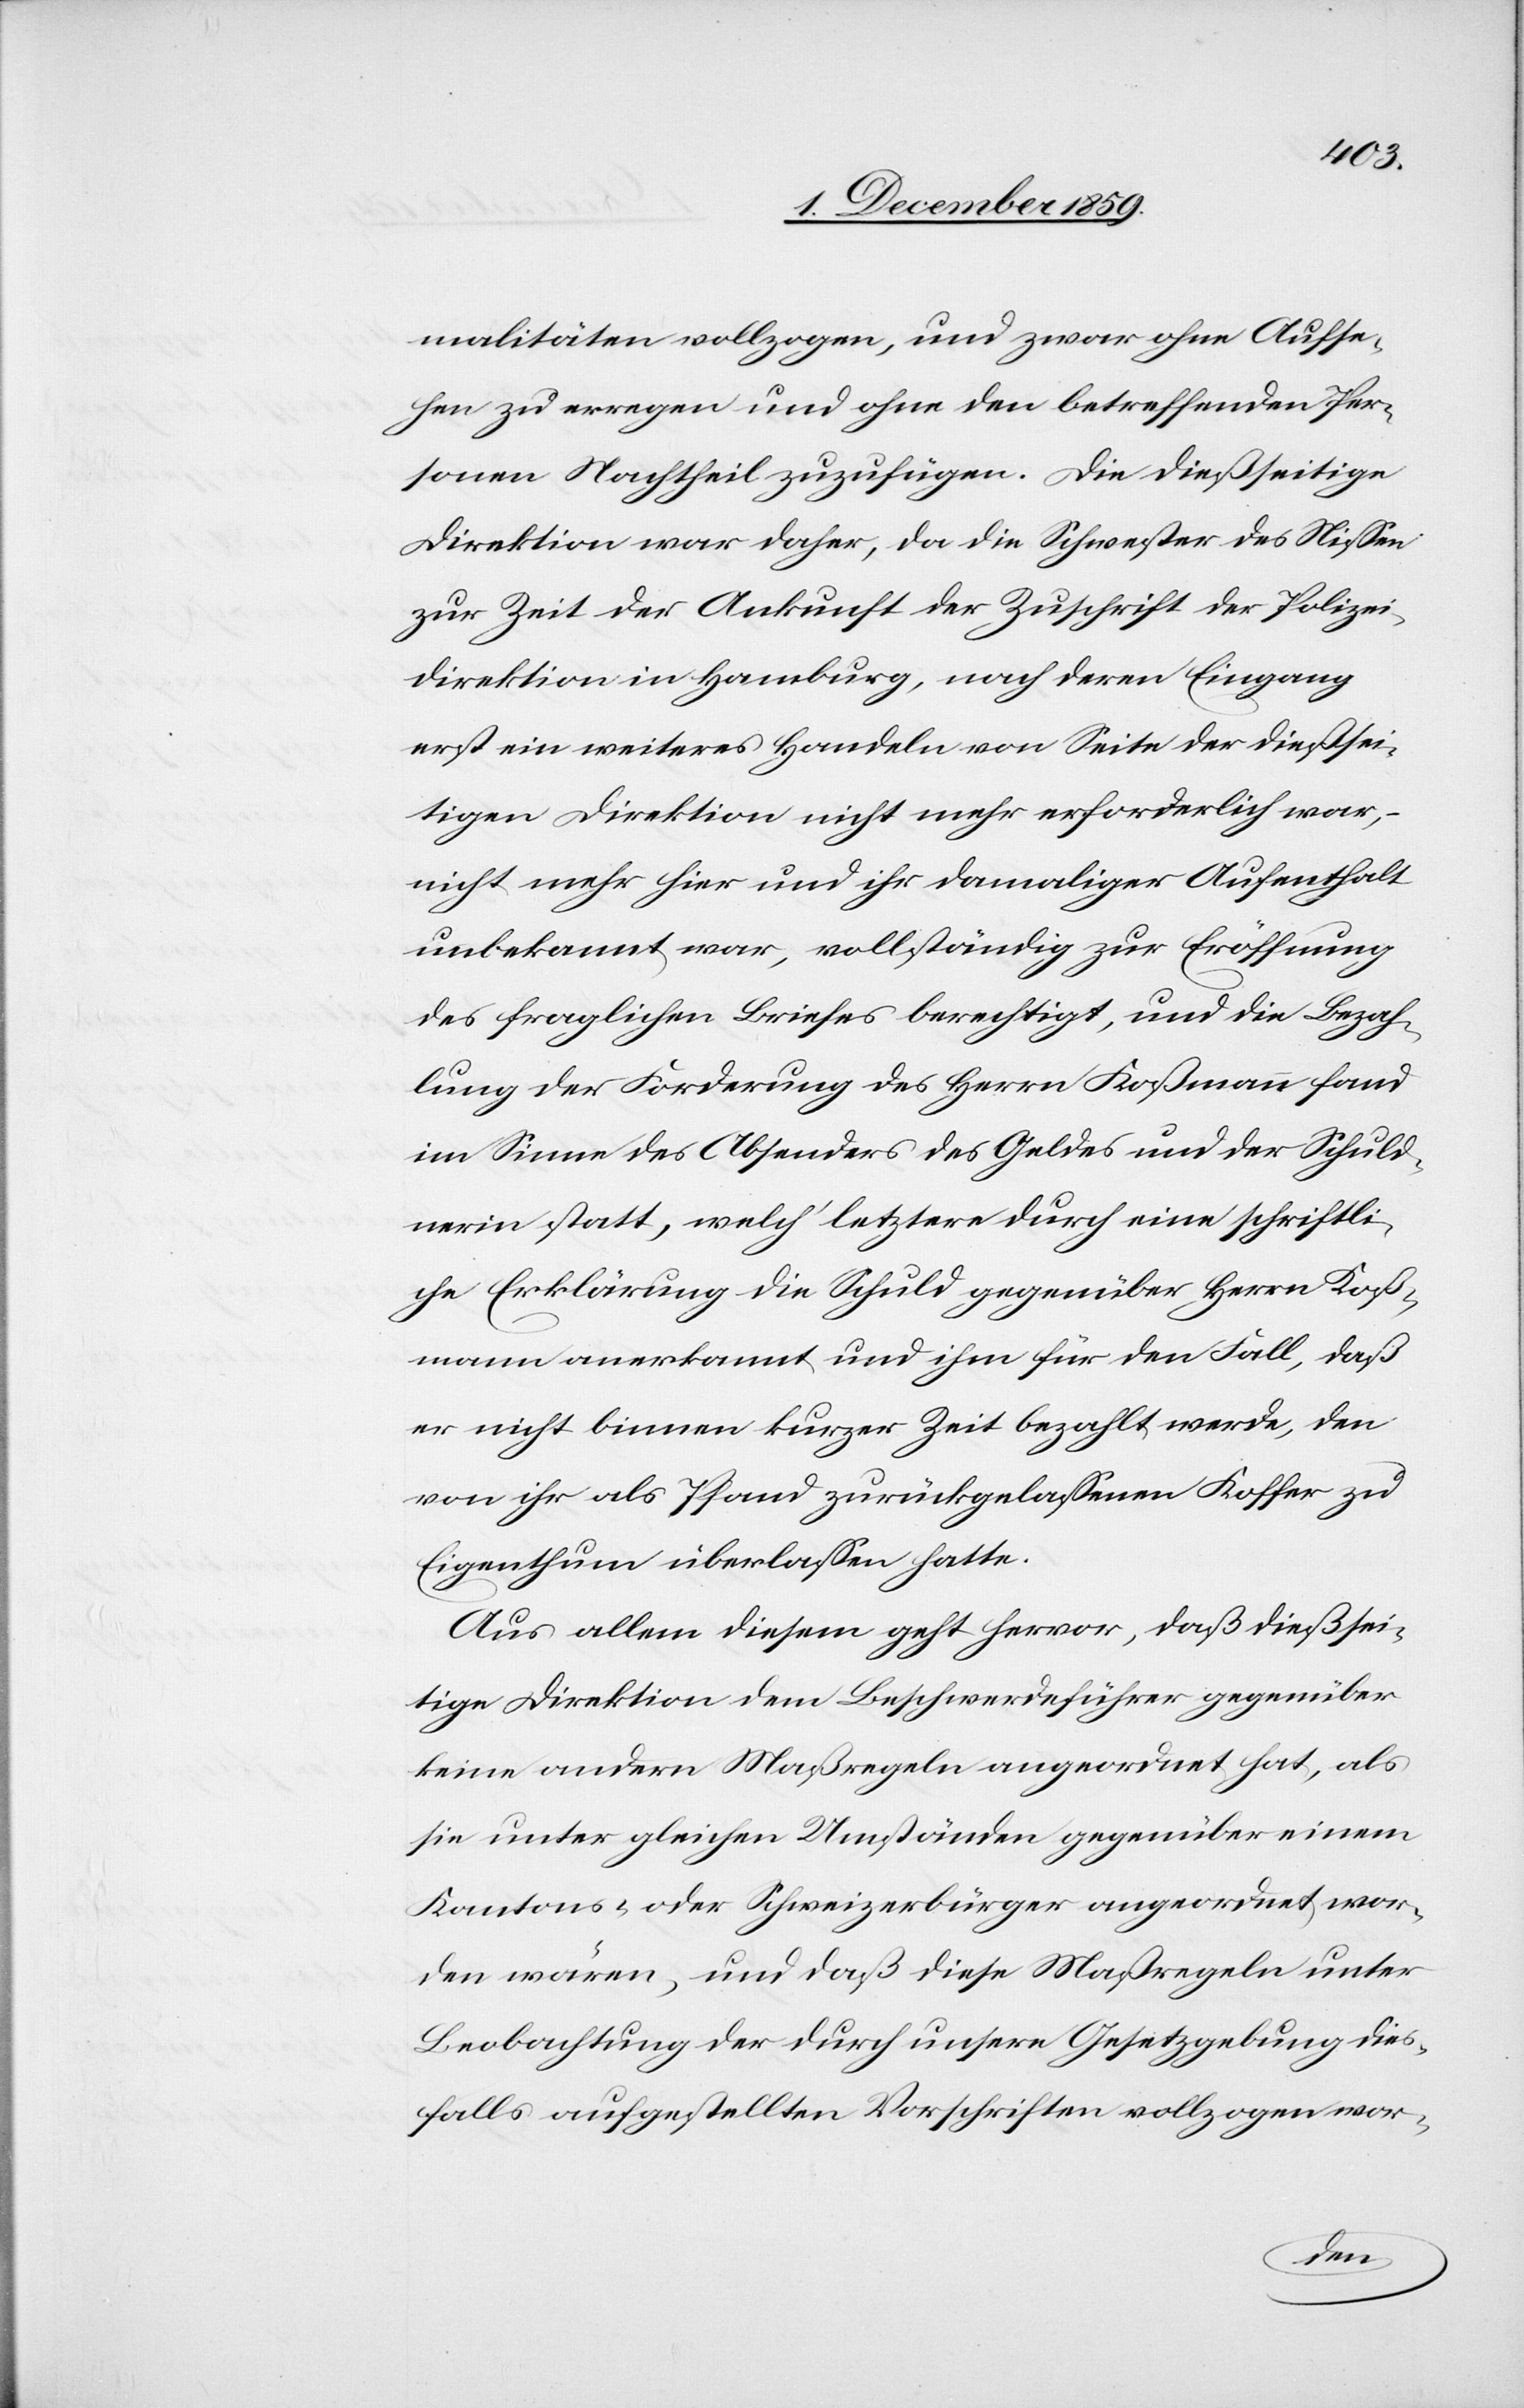
malitäten vollzogen, und zwar ohne Aufse¬
hen zu erregen und ohne den betreffenden Per¬
sonen Nachtheil zuzufügen. Die dießseitige
Direktion war daher, da die Schwester des Niessen
zur Zeit der Ankunft der Zuschrift des Polizei¬
direktion in Hamburg, nach deren Eingang
erst ein weiteres Handeln von Seite der dießsei¬
tigen Direktion nicht mehr erforderlich war,
nicht mehr hier und ihr damaliger Aufenthalt
unbekannt war, vollständig zur Eröffnung
des fraglichen Briefes berechtigt, und die Bezah¬
lung der Forderung des Herrn Koßmann fand
im Sinne des Absenders des Geldes und der Schuld¬
nerin statt, welch’ letztere durch eine schriftli¬
che Erklärung die Schuld gegenüber Herrn Koß¬
mann anerkannt und ihm für den Fall, daß
er nicht binnen kurzer Zeit bezahlt werde, den
von ihr als Pfand zurückgelassenen Koffer zu
Eigenthum überlassen hatte.
Aus allem diesem geht hervor, daß dießsei¬
tige Direktion dem Beschwerdeführer gegenüber
eine andern Maßregeln angeordnet hat, als
sie unter gleichen Umständen gegenüber einem
Kantons- oder Schweizerbürger angeordnet wor¬
den wären, und daß diese Maßregeln unter
Beobachtung der durch unsere Gesetzgebung dies¬
falls aufgestellten Vorschriften vollzogen wor-